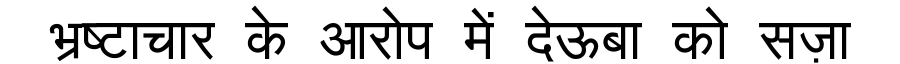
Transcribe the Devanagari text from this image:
भ्रष्टाचार के आरोप में देऊबा को सज़ा